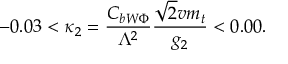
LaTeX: - 0 . 0 3 < \kappa _ { 2 } = \frac { C _ { b W \Phi } } { \Lambda ^ { 2 } } \frac { \sqrt 2 v m _ { t } } { g _ { 2 } } < 0 . 0 0 .